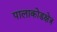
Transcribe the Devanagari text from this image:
पालाकोडक्षेत्र